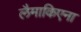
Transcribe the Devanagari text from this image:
लैमाकिएना